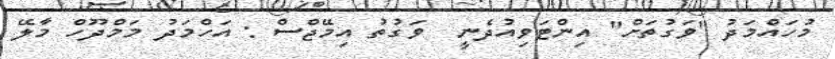
މުހައްމަދު "ވަގުތަށް" އިންޓަވިއުދެނީ  ވަގުތު އިމޭޖްސް : އަހްމަދު މަމްދޫހް މާލޭ